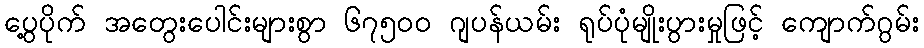
ပွေ့ပိုက် အတွေးပေါင်းများစွာ ၆၇၅၀၀ ဂျပန်ယမ်း ရုပ်ပုံမျိုးပွားမှုဖြင့် ကျောက်ဂွမ်း